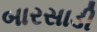
બારસાડી